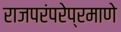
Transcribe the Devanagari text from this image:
राजपरंपरेप्रमाणे